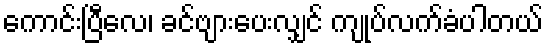
ကောင်းပြီလေ၊ ခင်ဗျားပေးလျှင် ကျုပ်လက်ခံပါတယ်